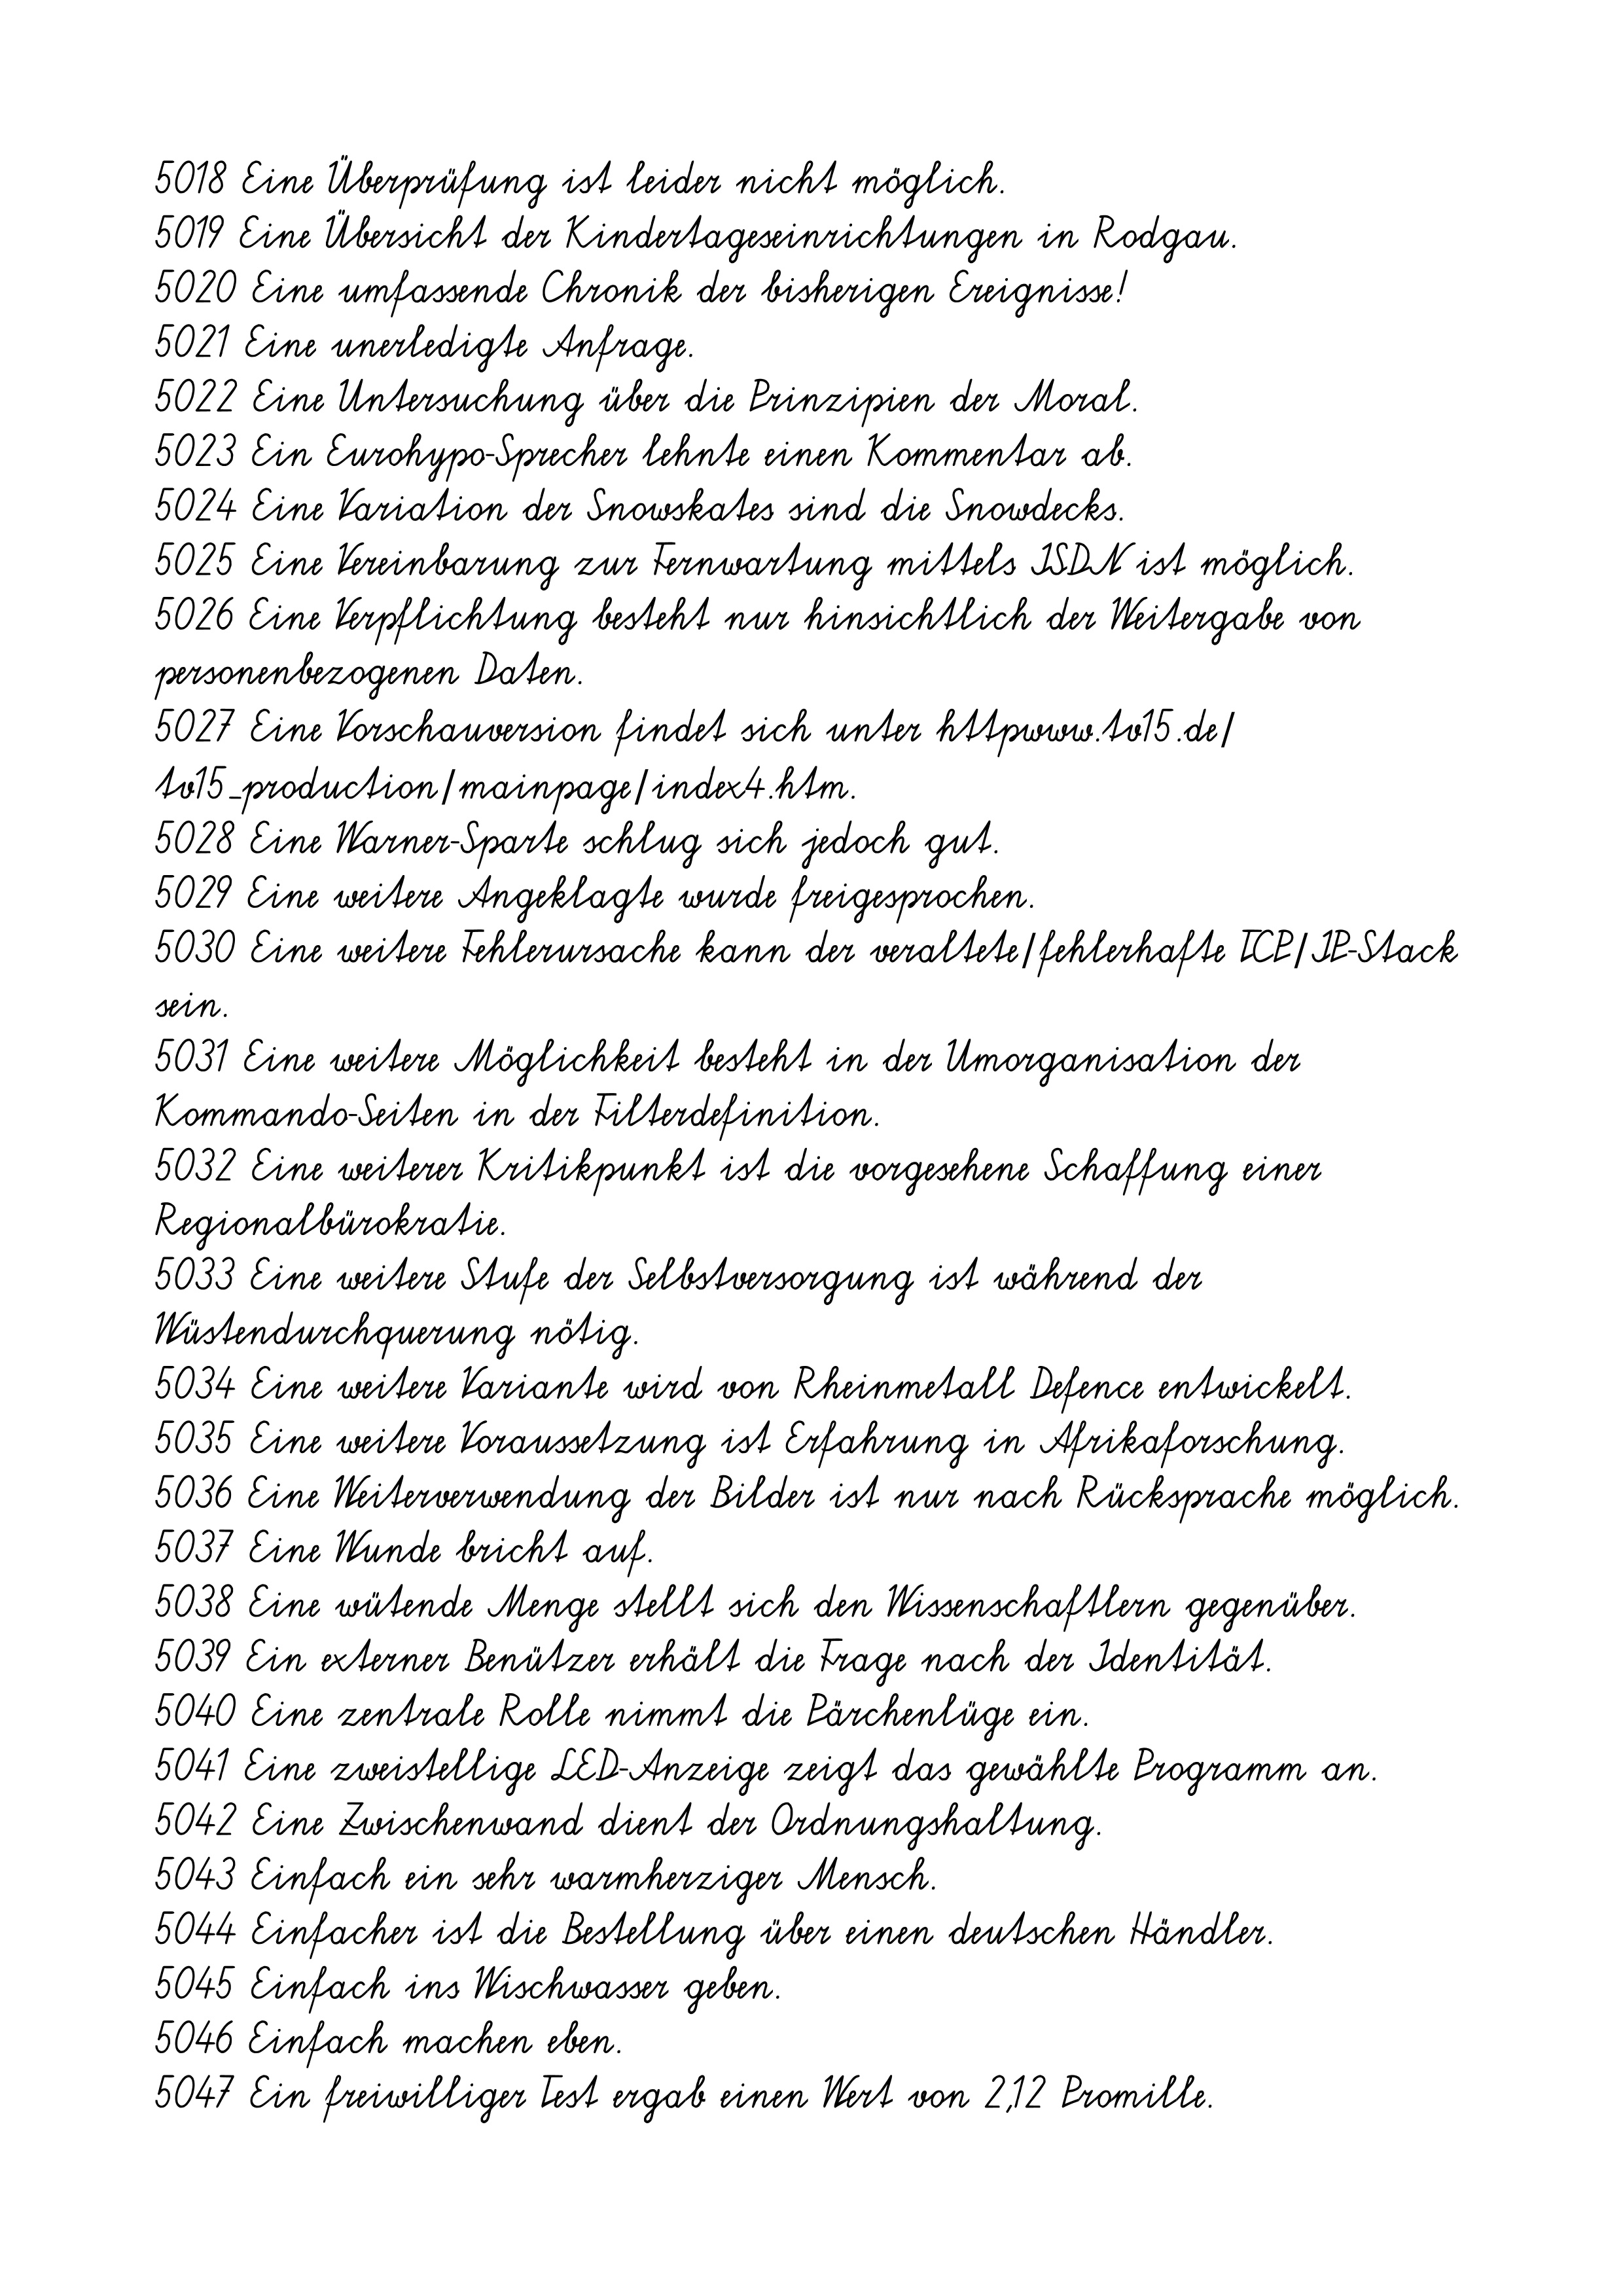
5018 Eine Überprüfung ist leider nicht möglich.
5019 Eine Übersicht der Kindertageseinrichtungen in Rodgau.
5020 Eine umfassende Chronik der bisherigen Ereignisse!
5021 Eine unerledigte Anfrage.
5022 Eine Untersuchung über die Prinzipien der Moral.
5023 Ein Eurohypo-Sprecher lehnte einen Kommentar ab.
5024 Eine Variation der Snowskates sind die Snowdecks.
5025 Eine Vereinbarung zur Fernwartung mittels ISDN ist möglich.
5026 Eine Verpflichtung besteht nur hinsichtlich der Weitergabe von
personenbezogenen Daten.
5027 Eine Vorschauversion findet sich unter httpwww.tv15.de/
tv15_production/mainpage/index4.htm.
5028 Eine Warner-Sparte schlug sich jedoch gut.
5029 Eine weitere Angeklagte wurde freigesprochen.
5030 Eine weitere Fehlerursache kann der veraltete/fehlerhafte TCP/IP-Stack
sein.
5031 Eine weitere Möglichkeit besteht in der Umorganisation der
Kommando-Seiten in der Filterdefinition.
5032 Eine weiterer Kritikpunkt ist die vorgesehene Schaffung einer
Regionalbürokratie.
5033 Eine weitere Stufe der Selbstversorgung ist während der
Wüstendurchquerung nötig.
5034 Eine weitere Variante wird von Rheinmetall Defence entwickelt.
5035 Eine weitere Voraussetzung ist Erfahrung in Afrikaforschung.
5036 Eine Weiterverwendung der Bilder ist nur nach Rücksprache möglich.
5037 Eine Wunde bricht auf.
5038 Eine wütende Menge stellt sich den Wissenschaftlern gegenüber.
5039 Ein externer Benützer erhält die Frage nach der Identität.
5040 Eine zentrale Rolle nimmt die Pärchenlüge ein.
5041 Eine zweistellige LED-Anzeige zeigt das gewählte Programm an.
5042 Eine Zwischenwand dient der Ordnungshaltung.
5043 Einfach ein sehr warmherziger Mensch.
5044 Einfacher ist die Bestellung über einen deutschen Händler.
5045 Einfach ins Wischwasser geben.
5046 Einfach machen eben.
5047 Ein freiwilliger Test ergab einen Wert von 2,12 Promille.